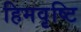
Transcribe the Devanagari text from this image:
हिमवृष्टि